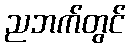
ညဘက်တွင်